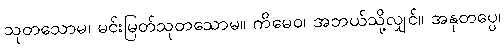
သုတသောမ၊ မင်းမြတ်သုတသောမ။ ကိမေဝ၊ အဘယ်သို့လျှင်။ အနုတပ္ပေ၊